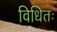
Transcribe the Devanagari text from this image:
विधितः